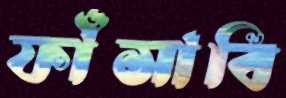
ফাঁসাবি